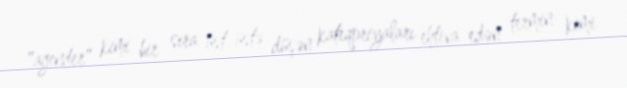
"agender" kimi bir sıra üst-üstə düşən kateqoriyaları ehtiva edən termin kimi